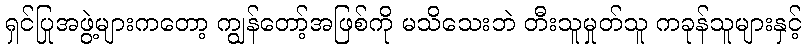
ရှင်ပြုအဖွဲ့များကတော့ ကျွန်တော့်အဖြစ်ကို မသိသေးဘဲ တီးသူမှုတ်သူ ကခုန်သူများနှင့်